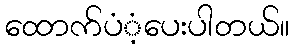
ထောက်ပံံ့ပေးပါတယ်။